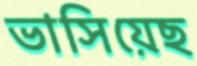
ভাসিয়েছ